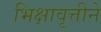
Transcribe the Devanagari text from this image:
भिक्षावृत्तीने